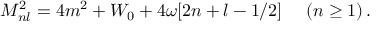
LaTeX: M _ { n l } ^ { 2 } = 4 m ^ { 2 } + W _ { 0 } + 4 \omega [ 2 n + l - 1 / 2 ] \ ~ ~ \ ( n \geq 1 ) \, .